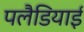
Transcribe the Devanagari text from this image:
पलैडियाई